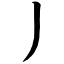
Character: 丿